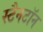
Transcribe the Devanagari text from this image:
स्टैनटॉन